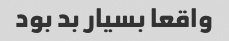
واقعا بسیار بد بود